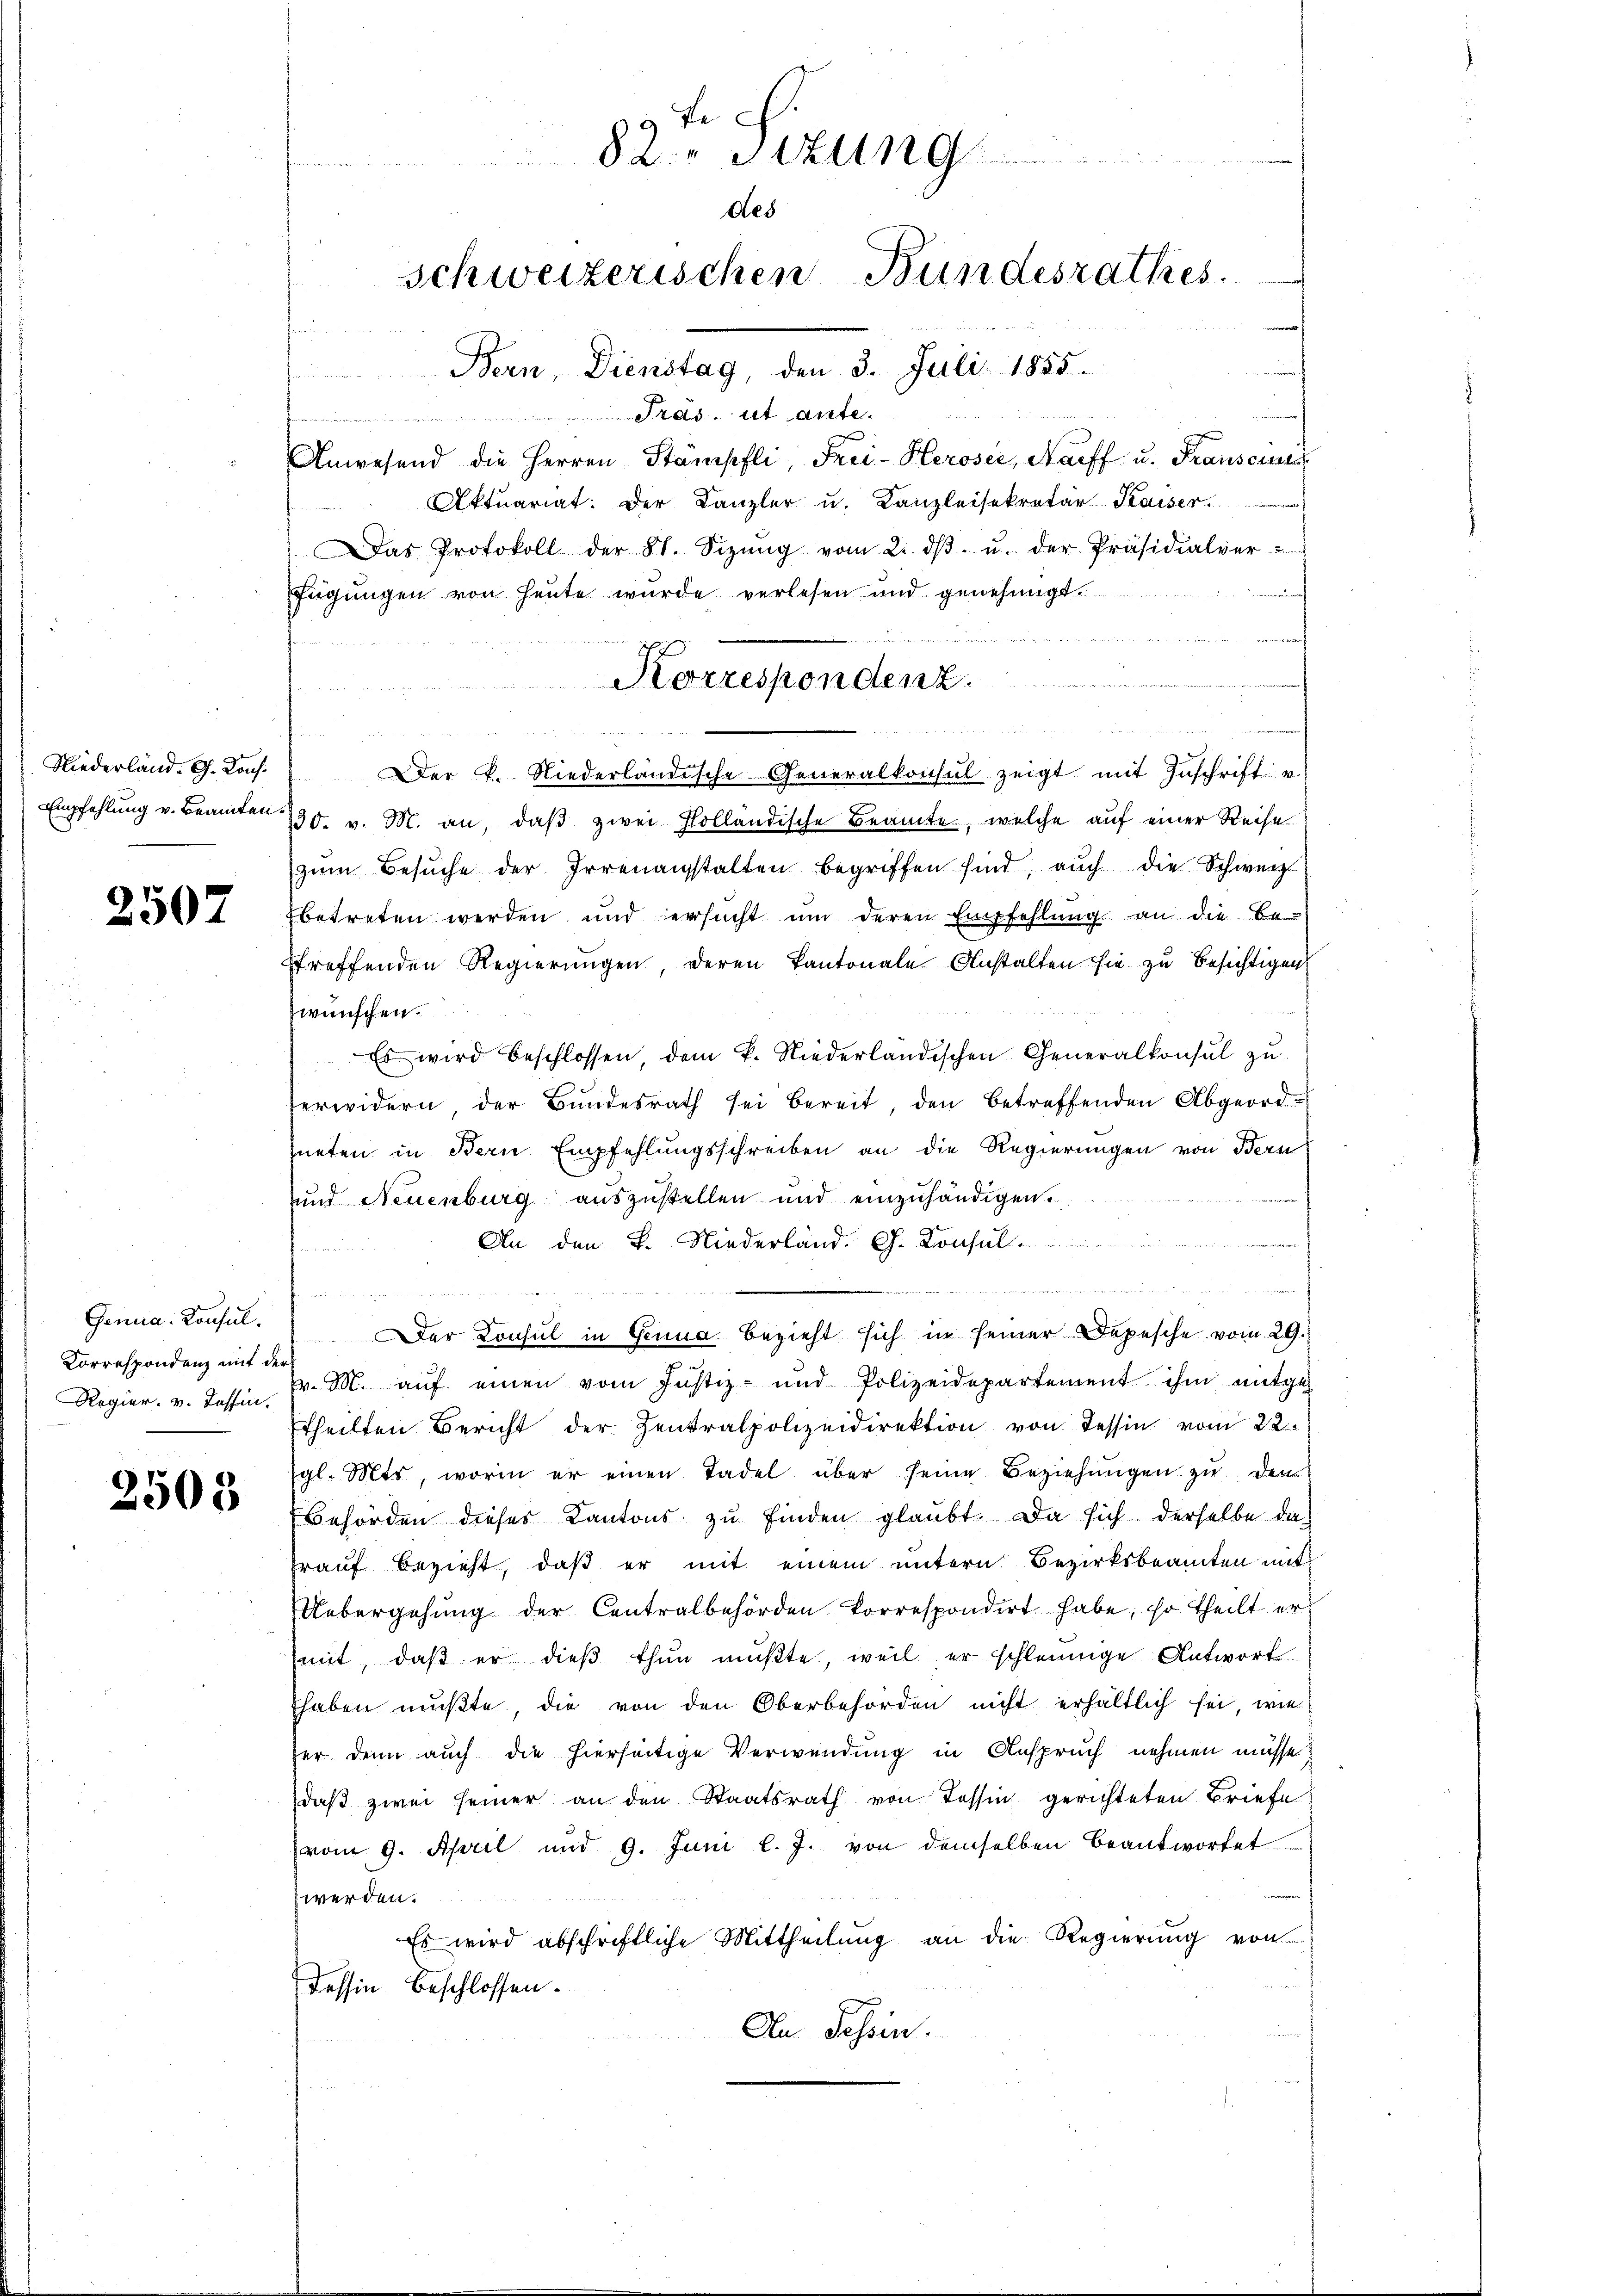
Niederland. G. Kons.

2507

Genua- Konsul¬
Korrespondenz mit der
Rogier. v. Tessin.

2503

9 Fr
82. Sitzung
des
Schweizerischen Bundesrathes.

s
Bern, Dienstag, den 3. Juli 1855.
fau verei

Fras ist aute.
t

Anwesend die Herren Stämpfli, Frei-Heroser, Narff u. Franscun
Aktuariat. Der Kanzler u. Kanzleisekretär-Kaiser.
Das Protokoll der St. Sizŭng vom 2. dβ. u. der Präsidialver
fügungen von heute wurde verlesen und genehmigt.

Der K. Niederländische Generalkonsul zeigt mit Zuschrift v
Empfehlŭng v. Beamten 130. v. M. an, daβ zwei Holländische Beamte, welche aŭf einer Reise
zŭm Besŭche der Irrenanstalten begriffen sind, auch die Schweiz
betreten werden und ersucht ŭm deren Empfehlung an die bei
treffenden Regierungen, deren Kantonale Anstalten sie zu besichtigen
wünschen.
Es wird beschlossen, dem k. Niederländischen Generalkonsul zŭ
erwidern, der Bundesrath sei bereit, den betreffenden Abgeordneten in Bern Empfehlungsschreiben an die Regierungen von Bern
und Neuenburg auszustellen und einzuhändigen.
An den K. Niederland. Ch. Konsul
n

 24
Der Konsul in Genua bezieht sich in seiner Depesche vom 29.
v. M. auf einen vom Justiz- und Polizeidepartement ihm mitgeh
theilten Bericht der Zentralpolizeidirektion von Tessin vom 22.
gl. Mts, worin er einen Tadel über seine Beziehungen zu den
Behörden dieses Kantons zu finden glaubt. Da sich derselbe das
frauf bezieht, daß er mit einem untern Bezirksbeamten mit¬
Uebergehung der Centralbehörden korrespondirt habe, so theilt er
mit, daß er dieß thun müßte, weil er schleunige Antwort.
haben mußte, die von den Oberbehörden nicht erhältlich sei, wie
ter denn auch die hierseitige Verwendung in Anspruch nehmen müsse.
daß zwei seiner an den Staatsrath von Tessin gerichteten Briefe
vom 9. April und 9. Juni l. J. von demselben beantwortet
werden.
Es wird abschriftliche Mittheilung an die Regierung von
Tessin beschlossen.
An Jahren.

Korrespondenz.